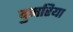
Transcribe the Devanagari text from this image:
दुमरिया